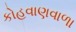
કોહવાણવાળા